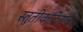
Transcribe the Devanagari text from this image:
स्तुतीकवितांचे